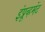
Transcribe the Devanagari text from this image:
इंप्रूव्हमेंट